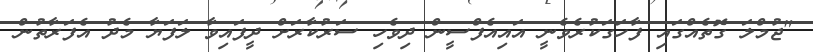
"ޖުމްލަ ގޮތެއްގައި ފާހަގަކުރެވެނީ އައިއެފްސީން ދިވެހި ސަރުކާރަށް ދީފައިވާ ލަފަޔާ މެދު އެފަރާތުން